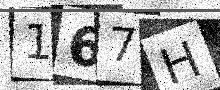
Text: 167H